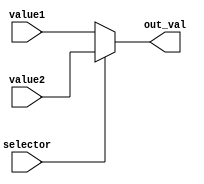
module MUX  #(parameter LEN = 32) ( input [LEN-1:0] value1, input [LEN-1:0] value2, input selector, output [LEN-1:0] out_val
);
	assign out_val = (selector)? value2 : value1;

endmodule